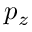
p _ { z }